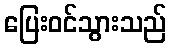
ပြေးဝင်သွားသည်